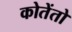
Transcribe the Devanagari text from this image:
कोतेंतो